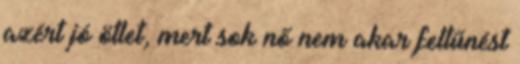
azért jó ötlet, mert sok nő nem akar feltűnést